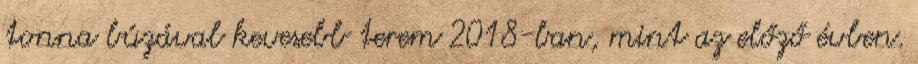
tonna búzával kevesebb terem 2018-ban, mint az előző évben.